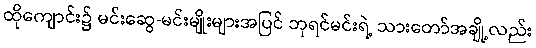
ထိုကျောင်း၌ မင်းဆွေ-မင်းမျိုးများအပြင် ဘုရင်မင်းရဲ့ သားတော်အချို့လည်း